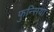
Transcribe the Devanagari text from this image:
फुन्सियां